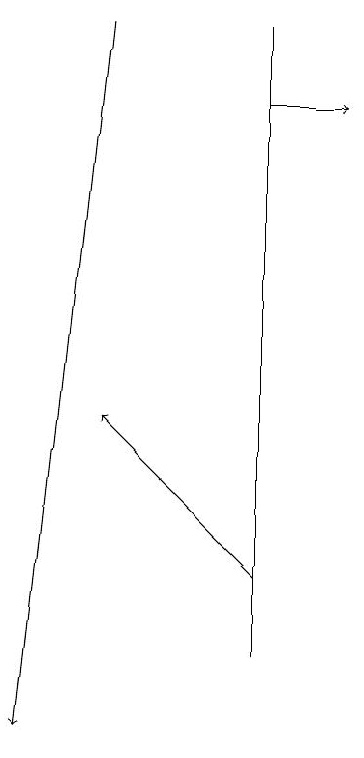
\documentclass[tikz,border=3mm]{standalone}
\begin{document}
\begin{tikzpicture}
\draw (6,11) rectangle (6,19);
\draw[->] (6,18) -- (7,18);
\draw[->] (4,19) -- (3,10);
\draw[->] (6,12) -- (4,14);
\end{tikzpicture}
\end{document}